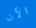
الآن